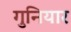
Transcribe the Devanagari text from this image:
गुनियार